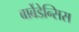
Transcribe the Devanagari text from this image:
बार्बेडेन्सिस